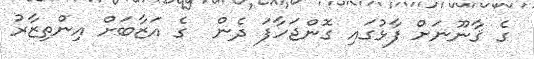
ގެ ޤާނޫނަށް ފާޅުގައި ގޮންޖަހާފަ ދެން  ގެ އަޒާބަށް އިންތިޒާރު